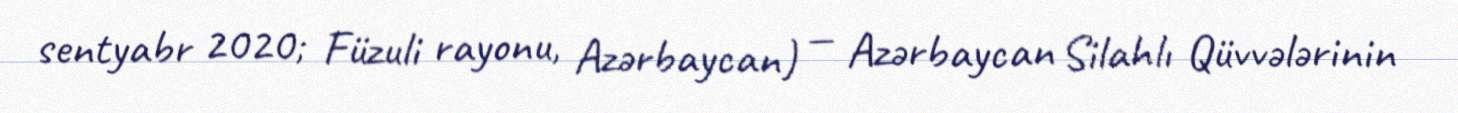
sentyabr 2020; Füzuli rayonu, Azərbaycan) — Azərbaycan Silahlı Qüvvələrinin